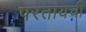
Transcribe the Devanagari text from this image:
परतायची